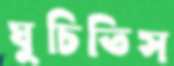
ঘুচিতিস